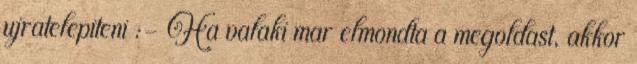
ujratelepiteni :- Ha valaki mar elmondta a megoldast, akkor